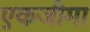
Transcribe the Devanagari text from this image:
एकजीमा